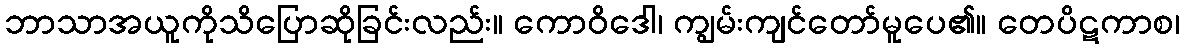
ဘာသာအယူကိုသိပြောဆိုခြင်းလည်း။ ကောဝိဒေါ၊ ကျွမ်းကျင်တော်မူပေ၏။ တေပိဋကာစ၊